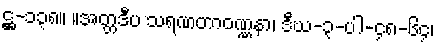
ဋ္ဌ-၁၃၈။ ။အတ္တဒီပ သရဏတာဝဏ္ဏနာ၊ ဒီဃ-၃-ပါ-၄၈-၆၄၊